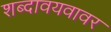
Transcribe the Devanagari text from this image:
शब्दावयवावर